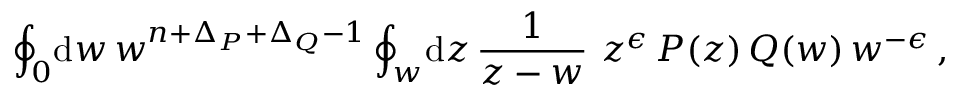
\oint _ { 0 } \! \mathrm { d } w \, w ^ { n + \Delta _ { P } + \Delta _ { Q } - 1 } \oint _ { w } \! \mathrm { d } z \, \frac { 1 } { z - w } \, \, z ^ { \epsilon } \, P ( z ) \, Q ( w ) \, w ^ { - \epsilon } \, ,